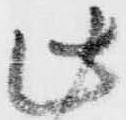
此